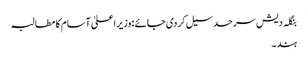
بنگلہ دیش سرحد سیل کردی جا ئے :وزیر اعلیٰ آسام کا مطالبہ
ہند۔